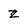
Character: Z